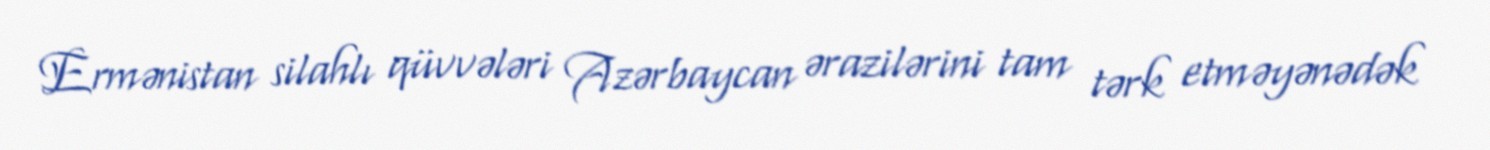
Ermənistan silahlı qüvvələri Azərbaycan ərazilərini tam tərk etməyənədək